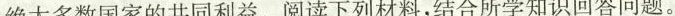
绝大多数国家的共同利益。阅读下列材料，结合所学知识回答问题。